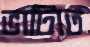
ভাটিতে